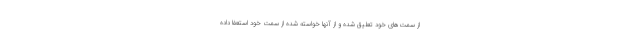
از سمت‌های خود تعلیق شده و از آنها خواسته شده از سمت خود استعفا داده